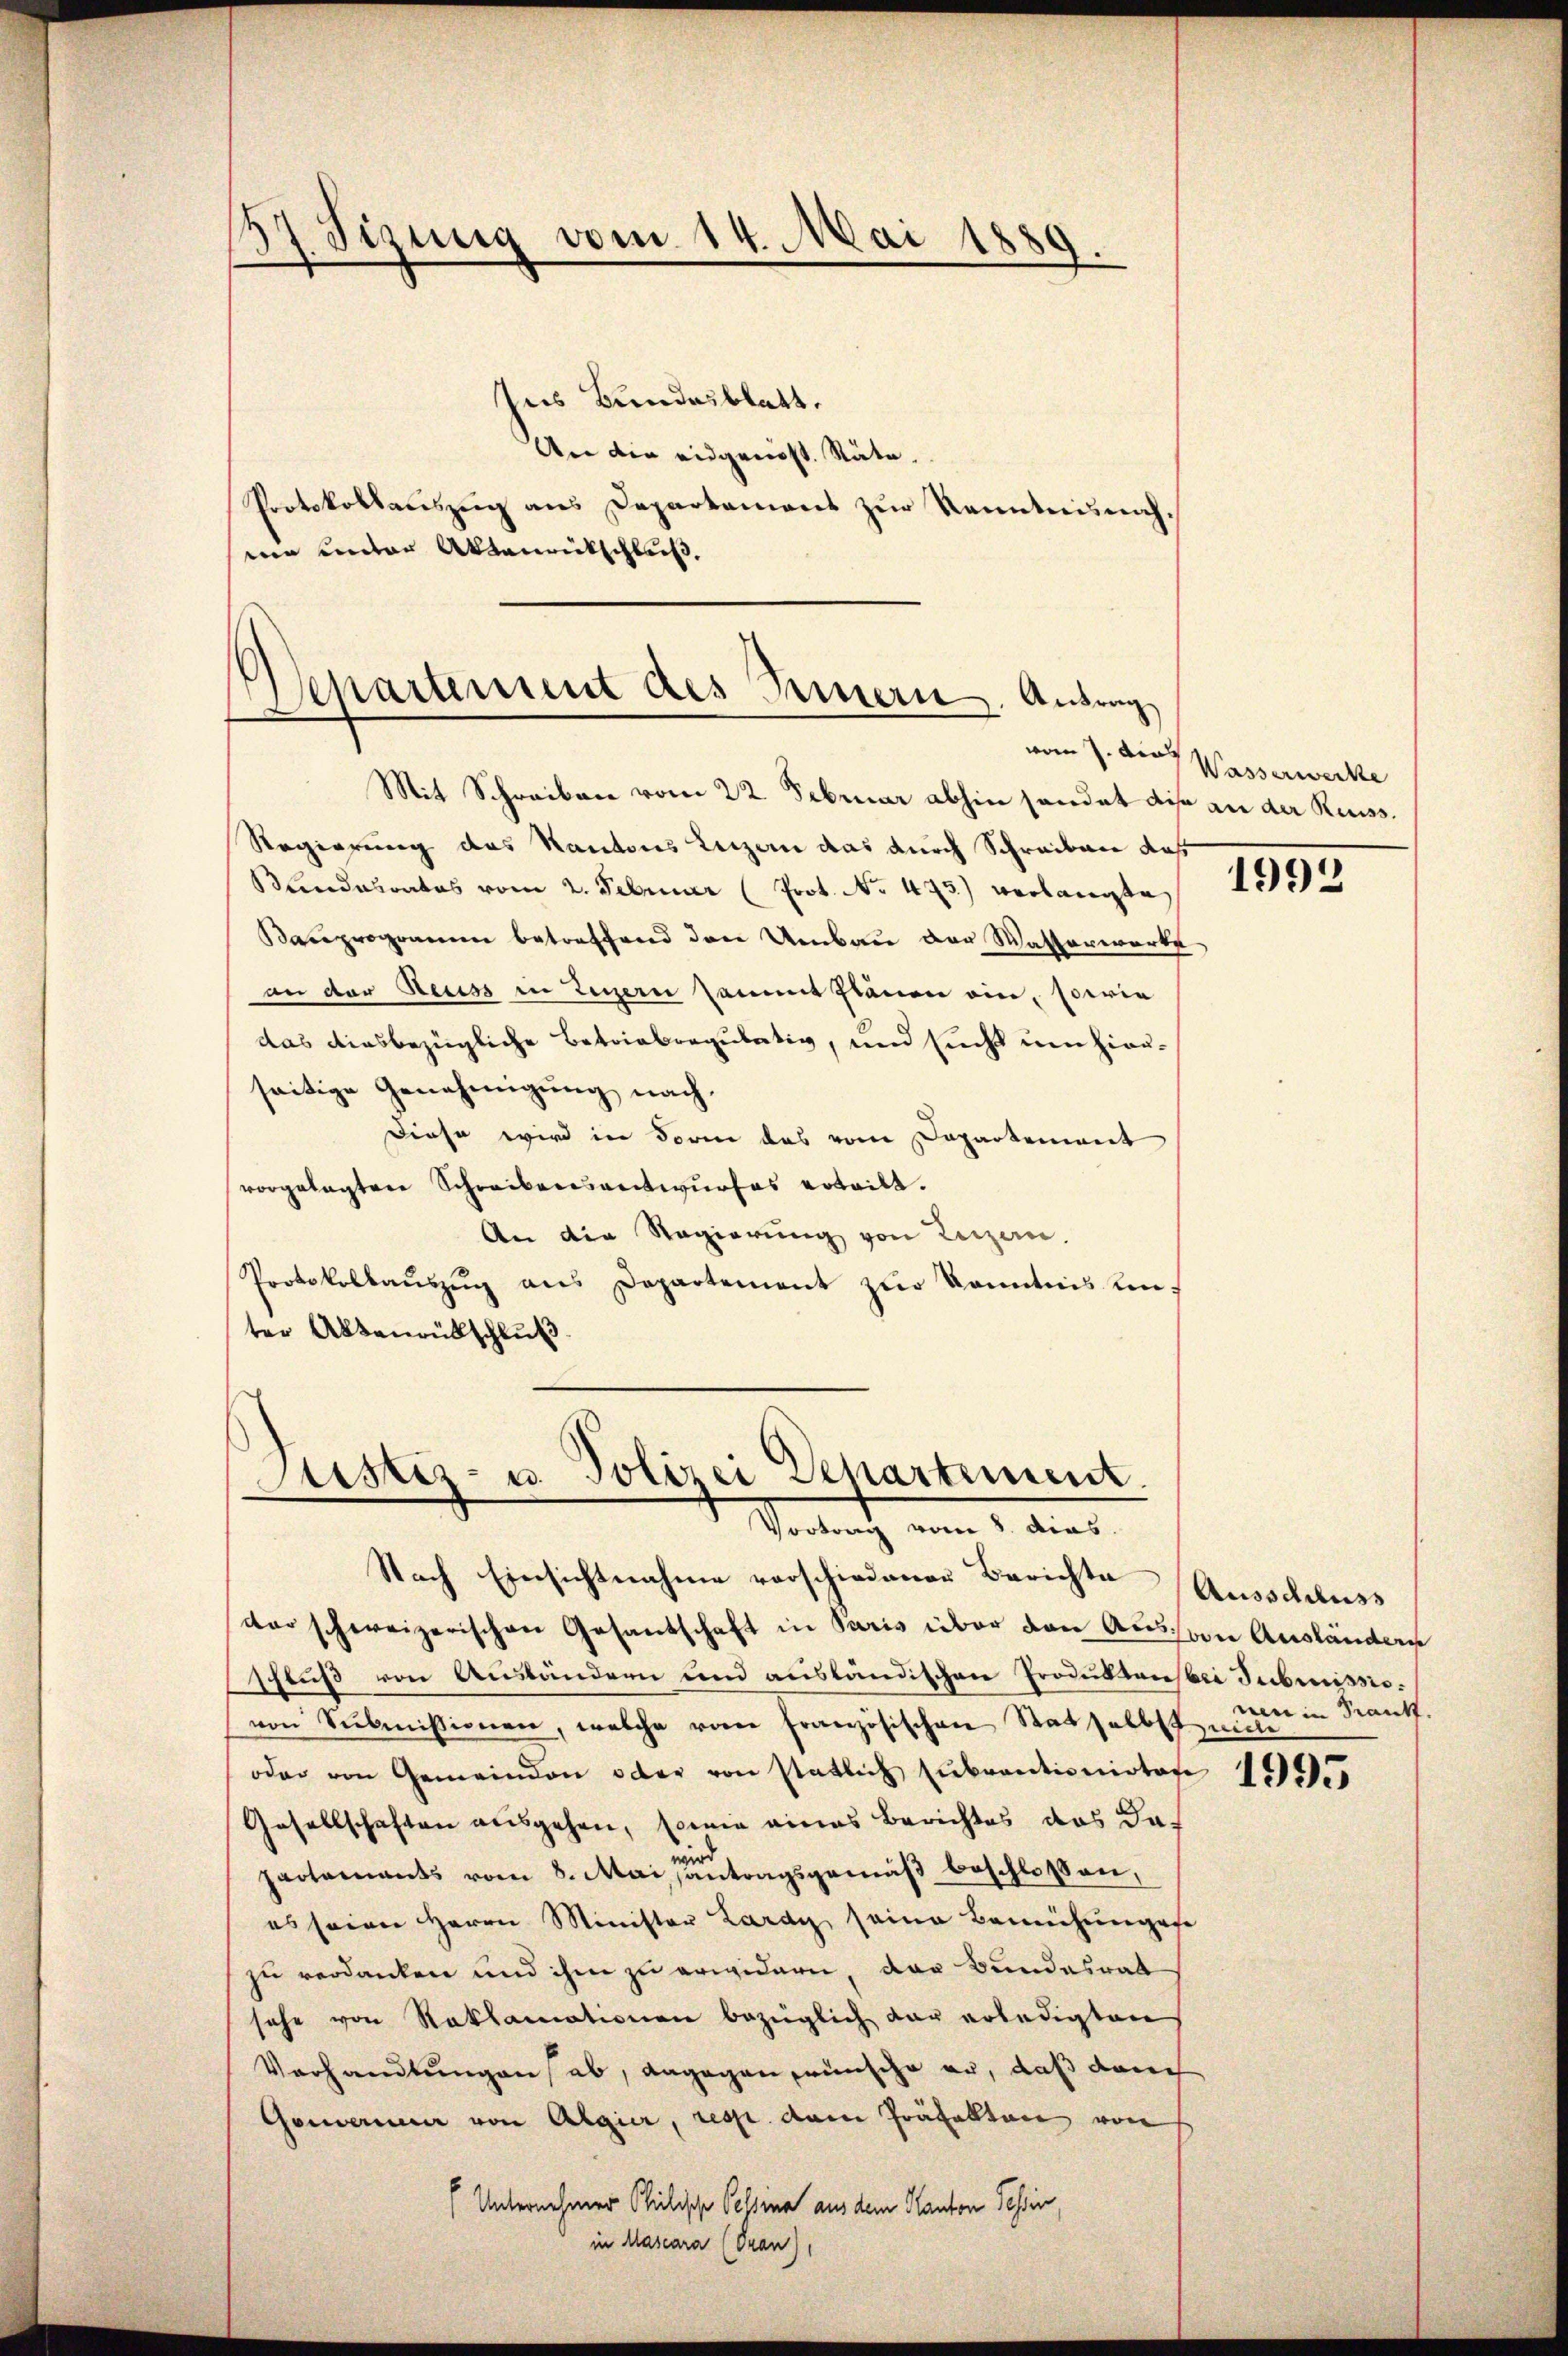
137 Jizung vom 14. Mai 1889.

Ins Bundesblatt.
An die eidgenöss. Stäte.
Protokollaŭszŭg ans Departament zŭr Kenntnisnahsine unter Aktenrückschluß,

epartement des Innern. Antrag
Mit Schreiben vom 22. Februar abhin handet dis an der Reuss.

Regierung des Kantons Luzern das durch Schreiben das
Bandesrates vom 2. Februar (Prot. No 473) verlangte
Bauprogramm betreffend den Umbau der Watterwarte
an der Reuss in Zigern sammt stanen ein, sowie
das diesbezügliche betriebregulativ, und sucht um hierseitige Genehmigung nach.
Diese wird in dorin das vom Departement
vorgelegten Schreibensentwurfes erteilt.
An die Regierung von Reizern.
Protokollaŭszŭg ans Departement zŭr Kenntnis ein-
ter Aktenrütschluß

Justiz- u. Polizei Departiment.
Vortrag vom 8. dies

Nach Einsichtnahme vorschiedener Berichte Ausschluss
der schweizerischen Gesandschaft in Paris über den Aus von Ausländern
sfluß von Anständern und ausländischen Produktens bei Tubreissiovon Submissionen, welche von Französischen Rat selbst nic
oder von Gemeinden oder von statlich subventioniotore
Gesellschaften ausgehen, sowie eines Berichtes das dapactamants vom 8. Mai antragsgemäß beschlossen,
es seien Herrn Minister Lardy seine Bemühungese
zu verdanken und ihm zu erwidern der Bundesrat
sehe von Reklamationen bezüglich der erledigten
Verhandlungen ab, dagegen wünsche er, daß auch
Gouverneuer von Algier, resp. dem Präfekten von
(Unternehmer Philische Cessina aus dem Kanton Tessin,
in Mascara (Oran),

vom 7. der Wasserwerke

1992

nen in Traut

1995